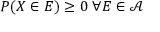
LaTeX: P ( X \in E ) \geq 0 \; \forall E \in { \mathcal { A } }